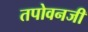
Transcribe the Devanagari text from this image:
तपोवनजी